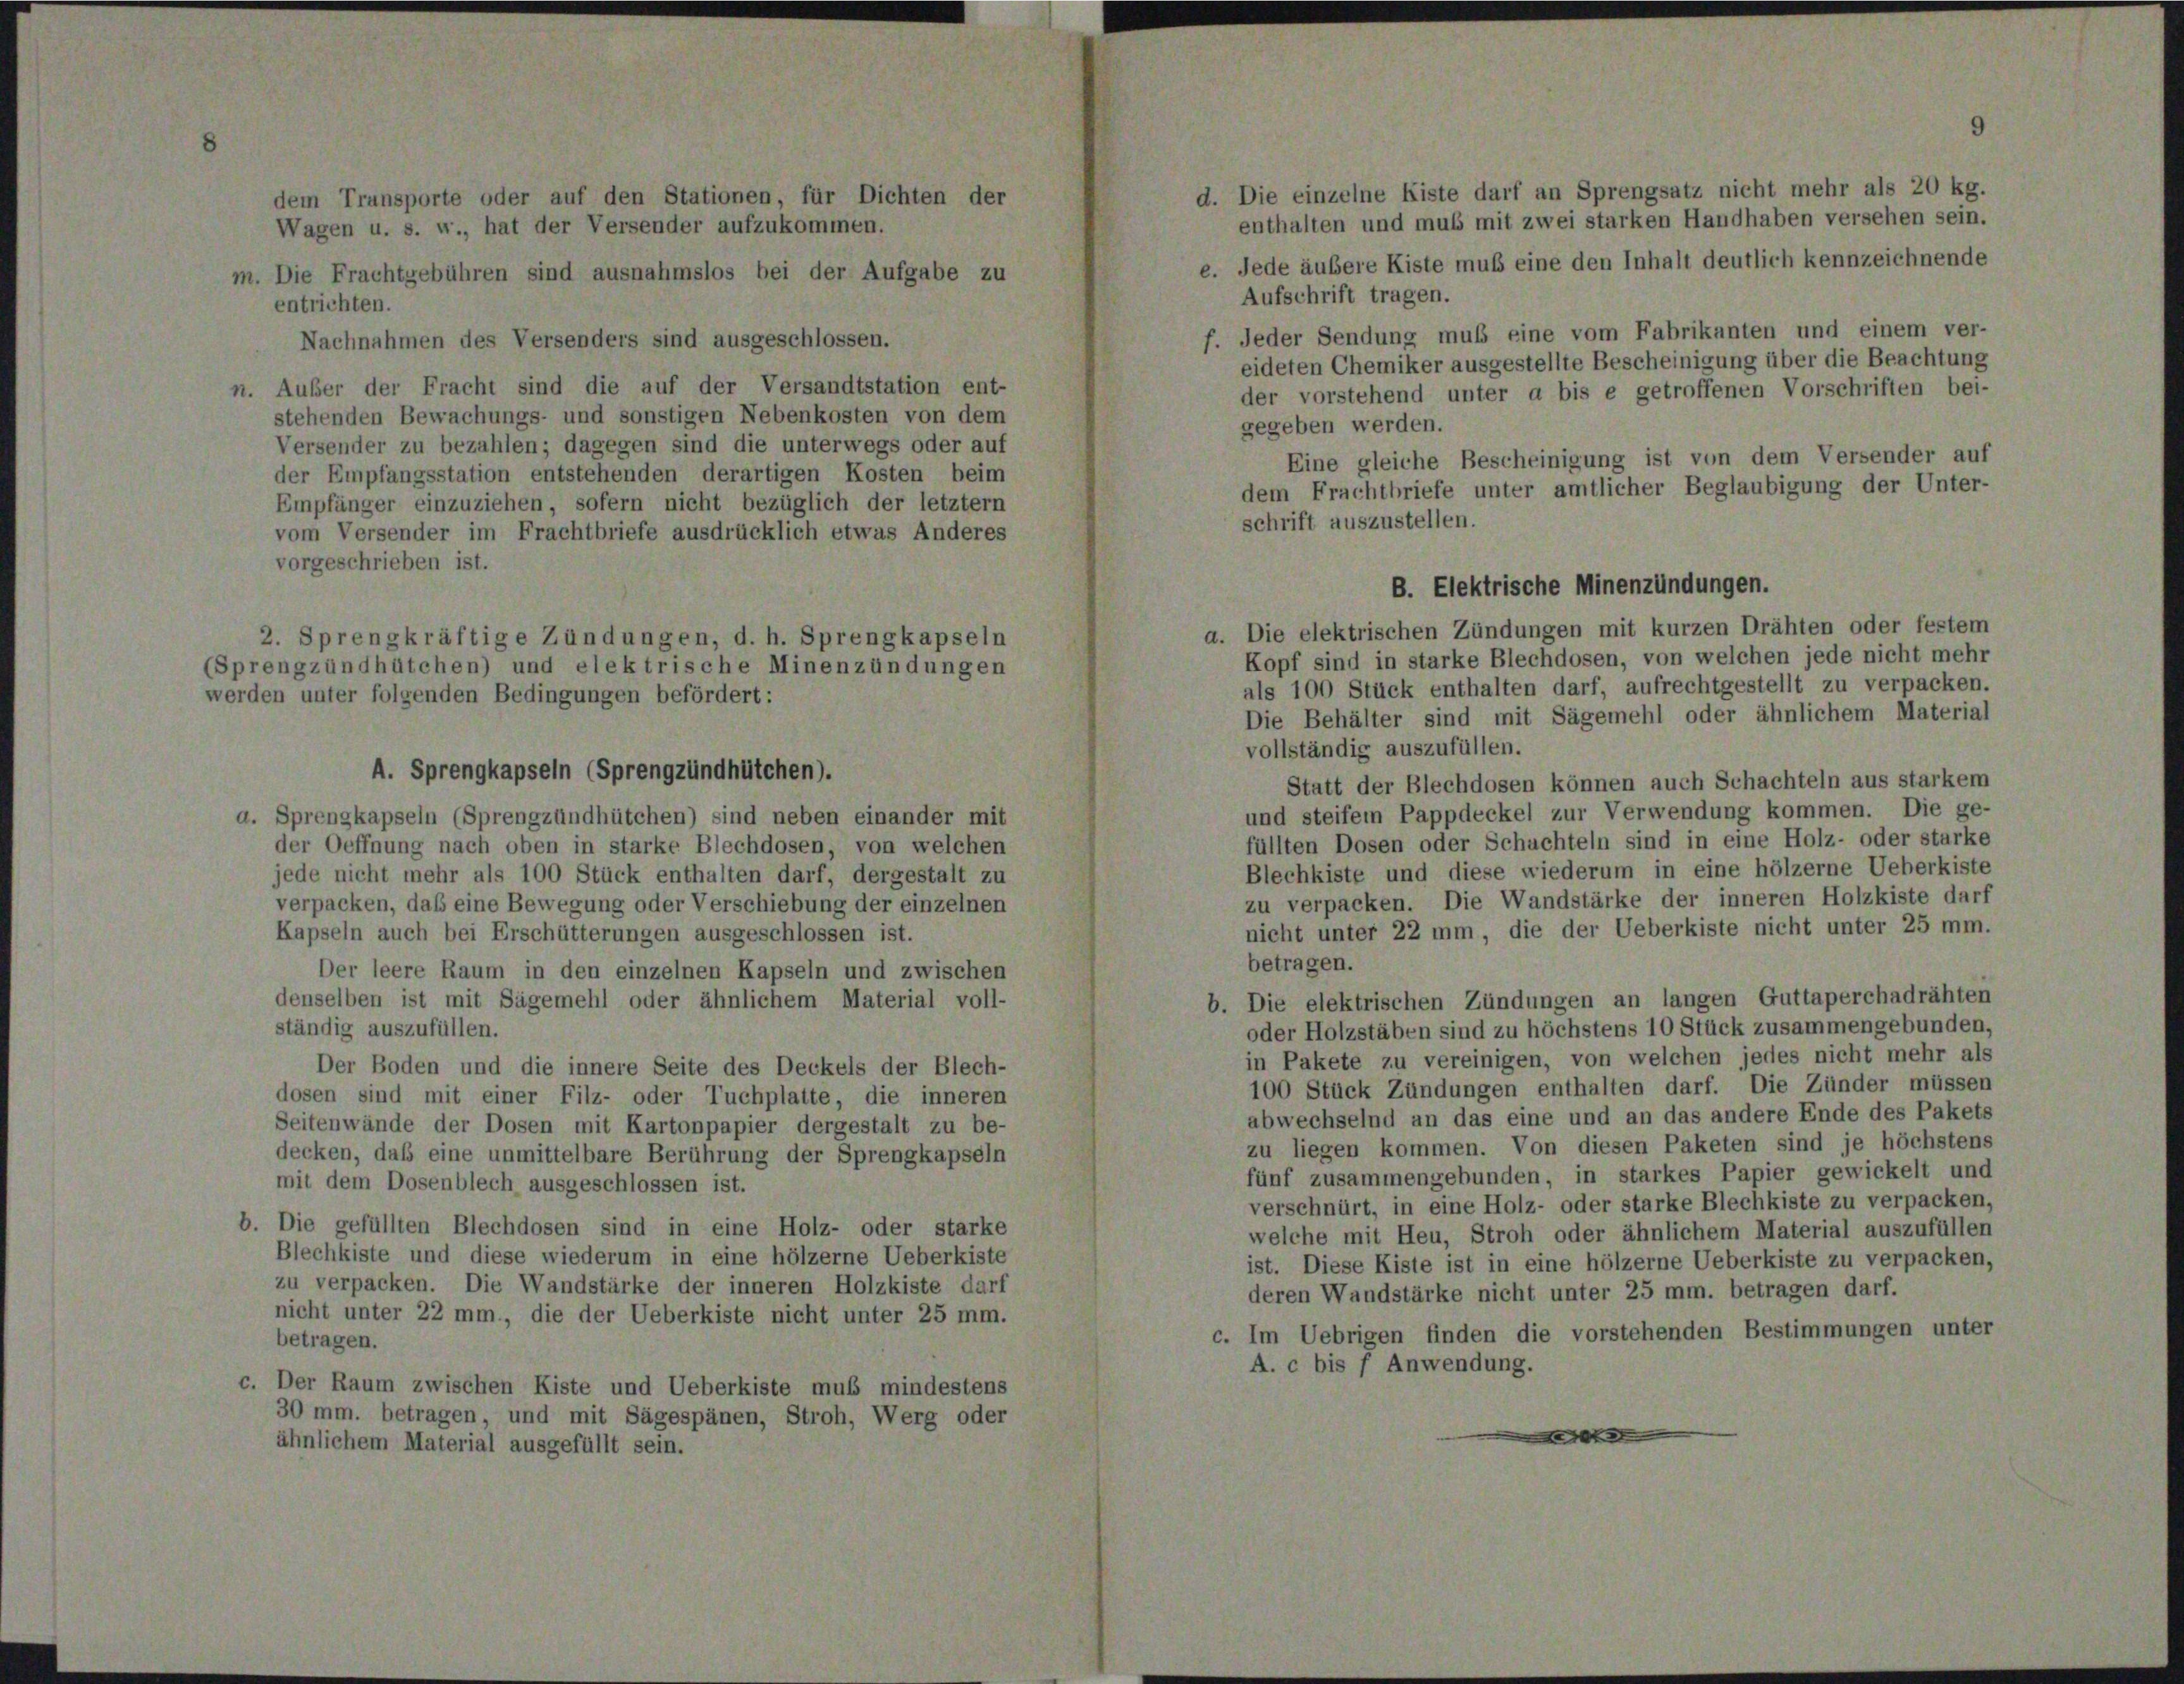
Transporte oder auf den Stationen, für Dichten der
n u. s. w., hat der Versender aufzukommen.

II

chnahmen des Versenders sind
n. Außer der Fracht sind die auf der Versandtstation ent-
stehenden Bewachungs- und sonstigen Nebenkosten von dem

A. Sprengkapseln (Sprengzündhütchen).

s bei der Aufgabe

Versender zu bezahlen; dagegen sind die unterwegs oder auf
der Empfangsstation entstehenden derartigen Kosten beim
Empfänger einzuziehen, sofern nicht bezüglich der letztem
vom Versender im Frachtbriefe ausdrücklich etwas Anderes
vorgeschrieben ist.
2. Sprengkräftige Zündungen, d. h. Sprengkapseln
Sprengzündhütchen) und elektrische Minenzündungen
verden unter folgenden Bedingungen befördert:

e. Jede äußere Kiste muß eine den Inhalt deutlich kennzeichnende
f. Jeder Sendung muß eine vom Fabrikanten und einem ver-
eideten Chemiker ausgestellte Bescheinigung über die Beachtung
der vorstehend unter a bis e getroffenen Vorschriften bei-
gegeben werden.
Eine gleiche Bescheinigung ist von dem Versender auf
dem Frachtbriefe unter amtlicher Beglaubigung der Unter-
schrift auszustellen.

1. Die einzelne Kiste darf an Sprengsatz nicht mehr als 20 kg.
enthalten und muß mit zwei starken Handhaben versehen sein.

Aufschrift tragen.

B. Elektrische Minenzündungen.

a. Die elektrischen Zündungen mit kurzen Drähten oder festem
Kopf sind in starke Blechdosen, von welchen jede nicht mehr
als 100 Stück enthalten darf, aufrechtgestellt zu verpacken.
Die Behälter sind mit Sägemehl oder ähnlichem Material
vollständig auszufüllen.
Statt der Blechdosen können auch Schachteln aus starker
und steifem Pappdeckel zur Verwendung kommen. Die ge
. Sprengkapseln (Sprengzündhütchen) sind neben einander mit
füllten Dosen oder Schachteln sind in eine Holz- oder stark
der Oeffnung nach oben in starke Blechdosen, von welchen
Blechkiste und diese wiederum in eine hölzerne Ueberkist
jede nicht mehr als 100 Stück enthalten darf, dergestalt zu
zu verpacken. Die Wandstärke der inneren Holzkiste dar,
verpacken, daß eine Bewegung oder Verschiebung der einzelnen
nicht unter 22 mm, die der Ueberkiste nicht unter 25 mm
Kapseln auch bei Erschütterungen ausgeschlossen ist.
betragen.
Der leere Raum in den einzelnen Kapseln und zwischen
b. Die elektrischen Zündungen an langen Guttaperchadrähte
denselben ist mit Sägemehl oder ähnlichem Material voll-
ständig auszufüllen.
oder Holzstäben sind zu höchstens 10 Stück zusammengebunden
in Pakete zu vereinigen, von welchen jedes nicht mehr al
Der Boden und die innere Seite des Deckels der Blech-
100 Stück Zündungen enthalten darf. Die Zünder müsser
dosen sind mit einer Filz- oder Tuchplatte, die inneren
abwechselnd an das eine und an das andere Ende des Pake
Seitenwände der Dosen mit Kartonpapier dergestalt zu be-
zu liegen kommen. Von diesen Paketen sind je höchster
decken, daß eine unmittelbare Berührung der Sprengkapseln
fünf zusammengebunden, in starkes Papier gewickelt un
mit dem Dosenblech ausgeschlossen ist.
verschnürt, in eine Holz- oder starke Blechkiste zu verpacken
Die gefüllten Blechdosen sind in eine Holz- oder starke
welche mit Heu, Stroh oder ähnlichem Material auszufüllen
Blechkiste und diese wiederum in eine hölzerne Ueberkiste
ist. Diese Kiste ist in eine hölzerne Ueberkiste zu verpacker
zu verpacken. Die Wandstärke der inneren Holzkiste darf
deren Wandstärke nicht unter 25 mm. betragen darf.
nicht unter 22 mm., die der Ueberkiste nicht unter 25 mm.
c. Im Uebrigen finden die vorstehenden Bestimmungen unte
betragen.
A. c bis f Anwendung.
. Der Raum zwischen Kiste und Ueberkiste muß mindestens
30 mm. betragen, und mit Sägespänen, Stroh, Werg oder
10 x
ähnlichem Material ausgefüllt sein.